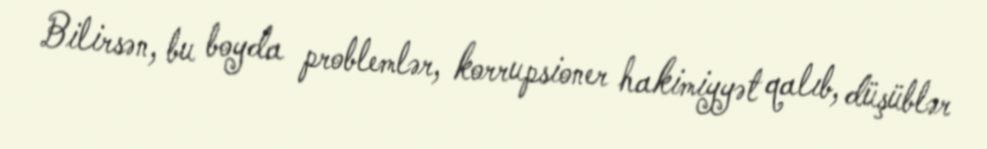
Bilirsən, bu boyda problemlər, korrupsioner hakimiyyət qalıb, düşüblər